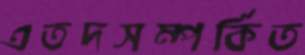
এতদসম্পর্কিত